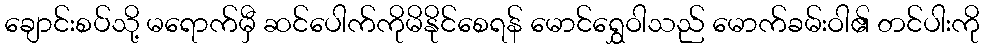
ချောင်းစပ်သို့ မရောက်မှီ ဆင်ပေါက်ကိုမိနိုင်စေရန် မောင်ရွှေဝါသည် မောက်ခမ်းဝါ၏ တင်ပါးကို